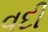
વદી